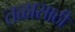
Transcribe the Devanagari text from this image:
तळासाठी